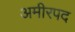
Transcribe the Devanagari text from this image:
अमीरपद